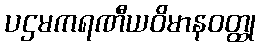
ပဌမကရဏီယဝိမာနဝတ္ထု